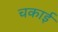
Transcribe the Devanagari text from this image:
चकाई